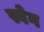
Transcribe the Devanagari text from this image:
स्वेग